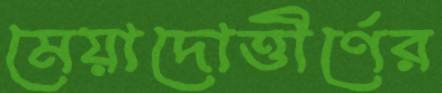
মেয়াদোত্তীর্ণের